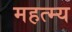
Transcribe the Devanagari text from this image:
महत्म्य